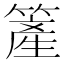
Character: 簅